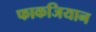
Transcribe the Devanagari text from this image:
फाकजियान